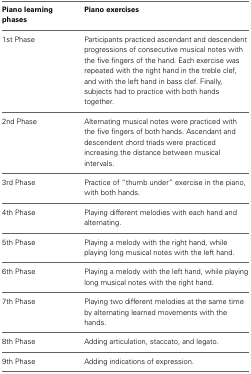
<table><thead><tr><td><b>Piano learning phases</b></td><td><b>Piano exercises</b></td></tr></thead><tbody><tr><td>1st Phase</td><td>Participants practiced ascendant and descendent progressions of consecutive musical notes with the five fingers of the hand. Each exercise was repeated with the right hand in the treble clef, and with the left hand in bass clef. Finally, subjects had to practice with both hands together.</td></tr><tr><td>2nd Phase</td><td>Alternating musical notes were practiced with the five fingers of both hands. Ascendant and descendent chord triads were practiced increasing the distance between musical intervals.</td></tr><tr><td>3rd Phase</td><td>Practice of “thumb under” exercise in the piano, with both hands.</td></tr><tr><td>4th Phase</td><td>Playing different melodies with each hand and alternating.</td></tr><tr><td>5th Phase</td><td>Playing a melody with the right hand, while playing long musical notes with the left hand.</td></tr><tr><td>6th Phase</td><td>Playing a melody with the left hand, while playing long musical notes with the right hand.</td></tr><tr><td>7th Phase</td><td>Playing two different melodies at the same time by alternating learned movements with the hands.</td></tr><tr><td>8th Phase</td><td>Adding articulation, staccato, and legato.</td></tr><tr><td>9th Phase</td><td>Adding indications of expression.</td></tr></tbody></table>